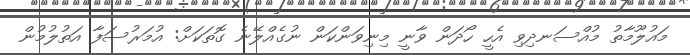
މައުލޫމާތު މުއްސަނދިވި އެހީ ހޯދަން ވާނީ މިނިވަންކަން ނުގެއްލޭނެ ގޮތަކަށް: އުމަރުސަފާ އަތުލުމުން